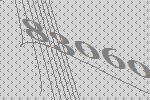
83060